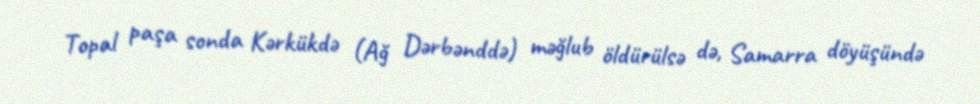
Topal paşa sonda Kərkükdə (Ağ Dərbənddə) məğlub öldürülsə də, Samarra döyüşündə